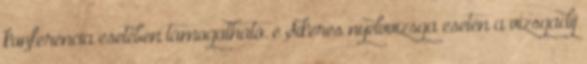
konferencia esetében támogatható. e Sikeres nyelvvizsga esetén a vizsgadíj